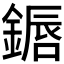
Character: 𬫷